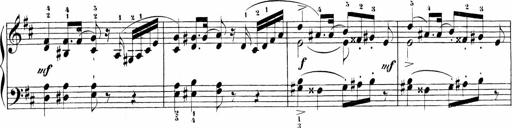
Title: Sonatinas
Composer: Andrew Violette